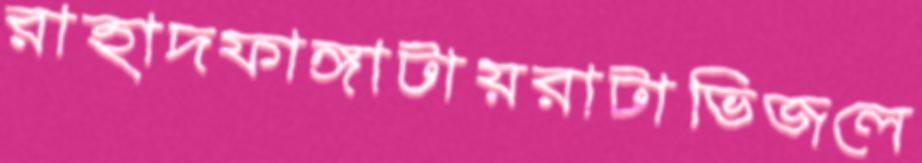
রাহাদফাঙ্গাটায়রাটাভিজলে